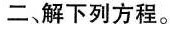
二、解下列方程.